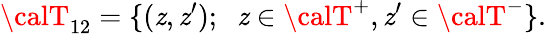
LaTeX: {\calT}_{12}=\{ (\mathit{z},\mathit{z}^{\prime});\; \; \mathit{z}\in{\calT}^{+},\mathit{z}^{\prime}\in{\calT}^{-}\} .